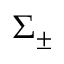
\Sigma _ { \pm }